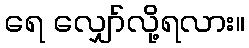
ရေ လျှော်လို့ရလား။